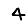
Digit: 4